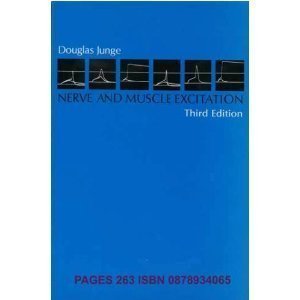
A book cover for Nerve and Muscle Excitation; Douglas Junge; Science & Math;